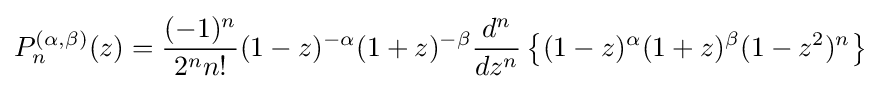
P_{n}^{(\alpha ,\beta )}(z)={\frac {(-1)^{n}}{2^{n}n!}}(1-z)^{-\alpha }(1+z)^{-\beta }{\frac {d^{n}}{dz^{n}}}\left\{(1-z)^{\alpha }(1+z)^{\beta }(1-z^{2})^{n}\right\}~